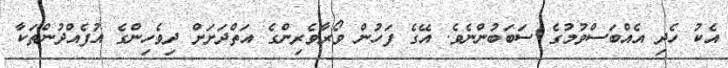
އެކު ހެދި އެއްބަސްވުމުގެ ސަބަބުންނެވެ. އޭގެ ފަހުން ވޯރާވެރިންގެ އަތްދަށަށް ދިވެހިންގެ އުފެއްދުންތަކާ